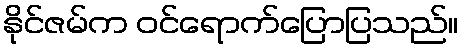
နိုင်ဇမ်က ဝင်ရောက်ပြောပြသည်။